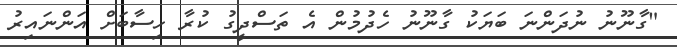
"ގާނޫނު ނުދަންނަ ބަޔަކު ގާނޫނު ހެދުމުން އެ ތަސްދީގު ކުރާ ހިސާބަށް އަންނައިރު